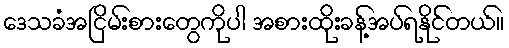
ဒေသခံအငြိမ်းစားတွေကိုပါ အစားထိုးခန့်အပ်ရနိုင်တယ်။